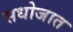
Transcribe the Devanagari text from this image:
सधोजात